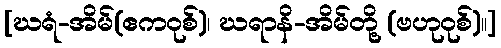
[ဃရံ-အိမ်(ဧကဝုစ်)၊ ဃရာနိ-အိမ်တို့ (ဗဟုဝုစ်)။]